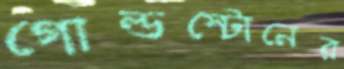
গোল্ডস্টোনের